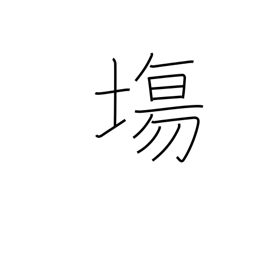
Meaning: open space